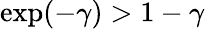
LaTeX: \exp(-\gamma)>1-\gamma